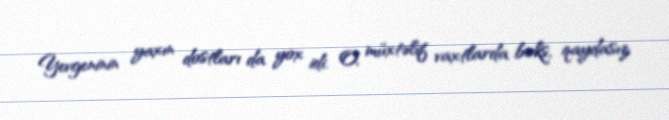
Yevgeninin yaxın dostları da yox idi. O, müxtəlif vaxtlarda boks, qaydasız